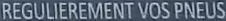
REGULIEREMENT VOS PNEUS